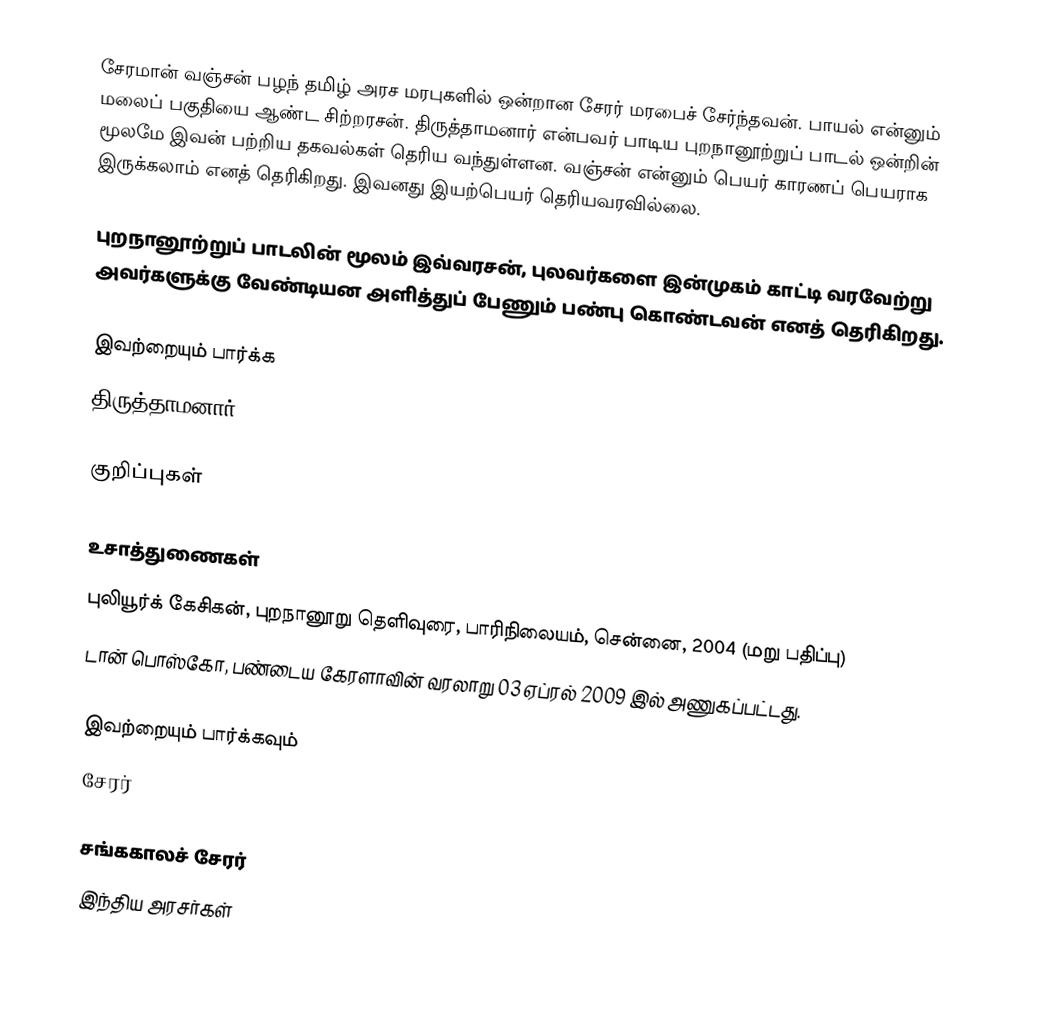
சேரமான் வஞ்சன் பழந் தமிழ் அரச மரபுகளில் ஒன்றான சேரர் மரபைச் சேர்ந்தவன். பாயல் என்னும் மலைப் பகுதியை ஆண்ட சிற்றரசன். திருத்தாமனார் என்பவர் பாடிய புறநானூற்றுப் பாடல் ஒன்றின் மூலமே இவன் பற்றிய தகவல்கள் தெரிய வந்துள்ளன. வஞ்சன் என்னும் பெயர் காரணப் பெயராக இருக்கலாம் எனத் தெரிகிறது. இவனது இயற்பெயர் தெரியவரவில்லை.

புறநானூற்றுப் பாடலின் மூலம் இவ்வரசன், புலவர்களை இன்முகம் காட்டி வரவேற்று அவர்களுக்கு வேண்டியன அளித்துப் பேணும் பண்பு கொண்டவன் எனத் தெரிகிறது.

இவற்றையும் பார்க்க
திருத்தாமனார்

குறிப்புகள்

உசாத்துணைகள்
 புலியூர்க் கேசிகன், புறநானூறு தெளிவுரை, பாரிநிலையம், சென்னை, 2004 (மறு பதிப்பு)
 டான் பொஸ்கோ, பண்டைய கேரளாவின் வரலாறு 03 ஏப்ரல் 2009 இல் அணுகப்பட்டது.

இவற்றையும் பார்க்கவும்
 சேரர்

சங்ககாலச் சேரர்
இந்திய அரசர்கள்